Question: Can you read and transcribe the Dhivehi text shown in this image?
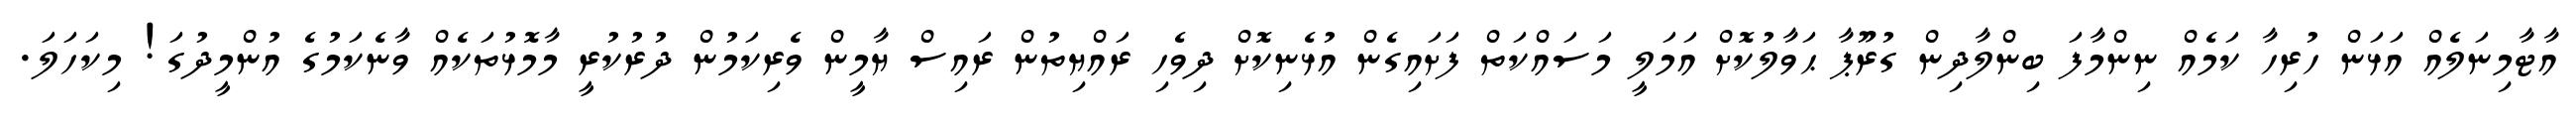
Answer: އާޓާމިނަލެއް އަޅަން ހުރިހާ ކަމެއް ނިންމާފަ ބިންލާދިން ގުރޫޕާ ޙަވާލުކޮށް އަމަލީ މަސައްކަތް ފަށައިގެން އުޅެނިކޮށް ދިވެހި ރައްޔިތުން ރައިސް ޔާމީން ވެރިކަމުން ދުރުކުރީ މާމޮޅުތަކެއް ވާނެކަމުގެ އުންމީދުގަ! މިކަހަލަ.